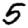
Digit: 5